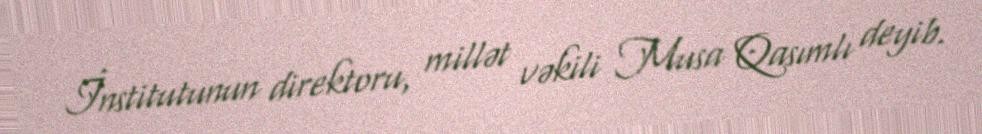
İnstitutunun direktoru, millət vəkili Musa Qasımlı deyib.